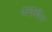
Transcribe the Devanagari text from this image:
फाइल्थैस